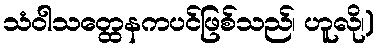
သံဝါသတ္ထေနကပင်ဖြစ်သည်၊ ဟူလို၊)